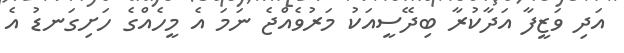
އަދި ވަޒީފާ އަދާކުރާ ބިދޭސީއަކު މަރުވެއްޖެ ނަމަ އެ މީހެއްގެ ހަށިގަނޑު އެ